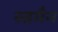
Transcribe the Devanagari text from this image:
रुडमैन